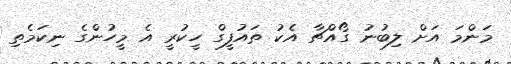
މަންމަ އަށް ލިބުނު ގޯއްޗާ އެކު ތައުފީގް ހީކުރީ އެ މީހުންގެ ނިކަމެތި